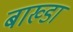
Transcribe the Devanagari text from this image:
बाख्डा